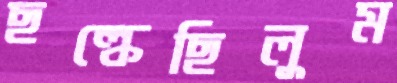
ছল্‌কেছিলুম